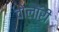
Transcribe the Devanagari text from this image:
वोलॉरी